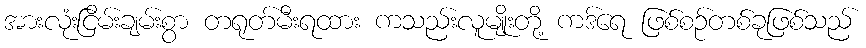
အားလုံးငြိမ်းချမ်းစွာ တရုတ်မီးရထား ကသည်းလူမျိုးတို့ ကဒ်ရေ ဖြစ်စဉ်တစ်ခုဖြစ်သည်